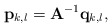
\begin{align*}\bold{p}_{k,l}=\bold{A}^{-1}\bold{q}_{k,l},\end{align*}